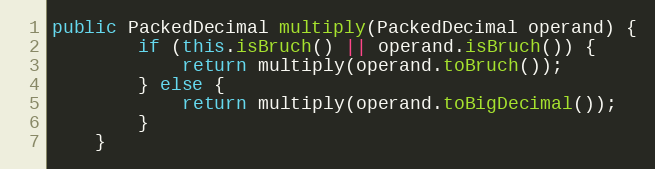
Language: Java
public PackedDecimal multiply(PackedDecimal operand) {
        if (this.isBruch() || operand.isBruch()) {
            return multiply(operand.toBruch());
        } else {
            return multiply(operand.toBigDecimal());
        }
    }